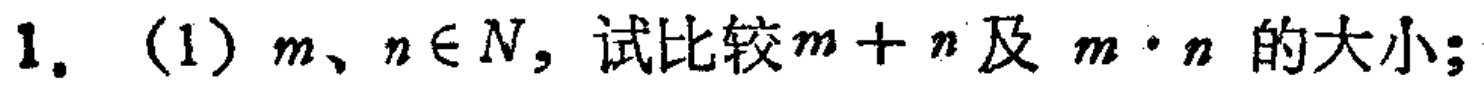
1. (1) \(m,n\in N\)，试比较\(m + n\)及 \(m\cdot n\) 的大小；